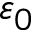
\varepsilon _ { 0 }